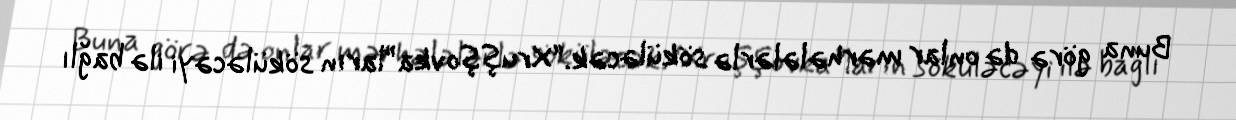
Buna görə də onlar mərhələlərlə söküləcək.“Xruşşovka”ların söküləcəyi ilə bağlı